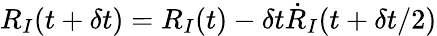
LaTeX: {R}_{I}(t+\delta t)={R}_{I}(t)-\delta t{\dot{R}}_{I}(t+\delta t/2)